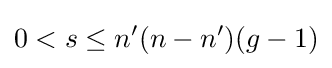
0<s\leq n'(n-n')(g-1)